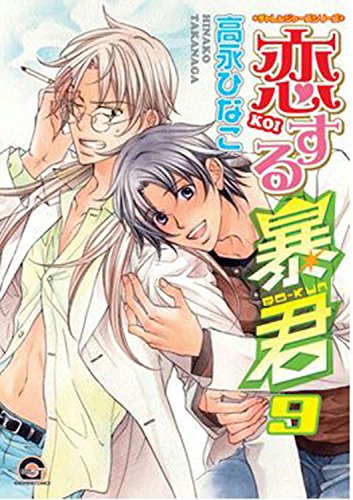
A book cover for The Tyrant Falls In Love Volume 9 (Yaoi Manga) (Tyrant Falls in Love Gn); Hinako Takanaga; Comics & Graphic Novels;